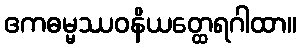
ဧကဓမ္မဿဝနိယတ္ထေရဂါထာ။